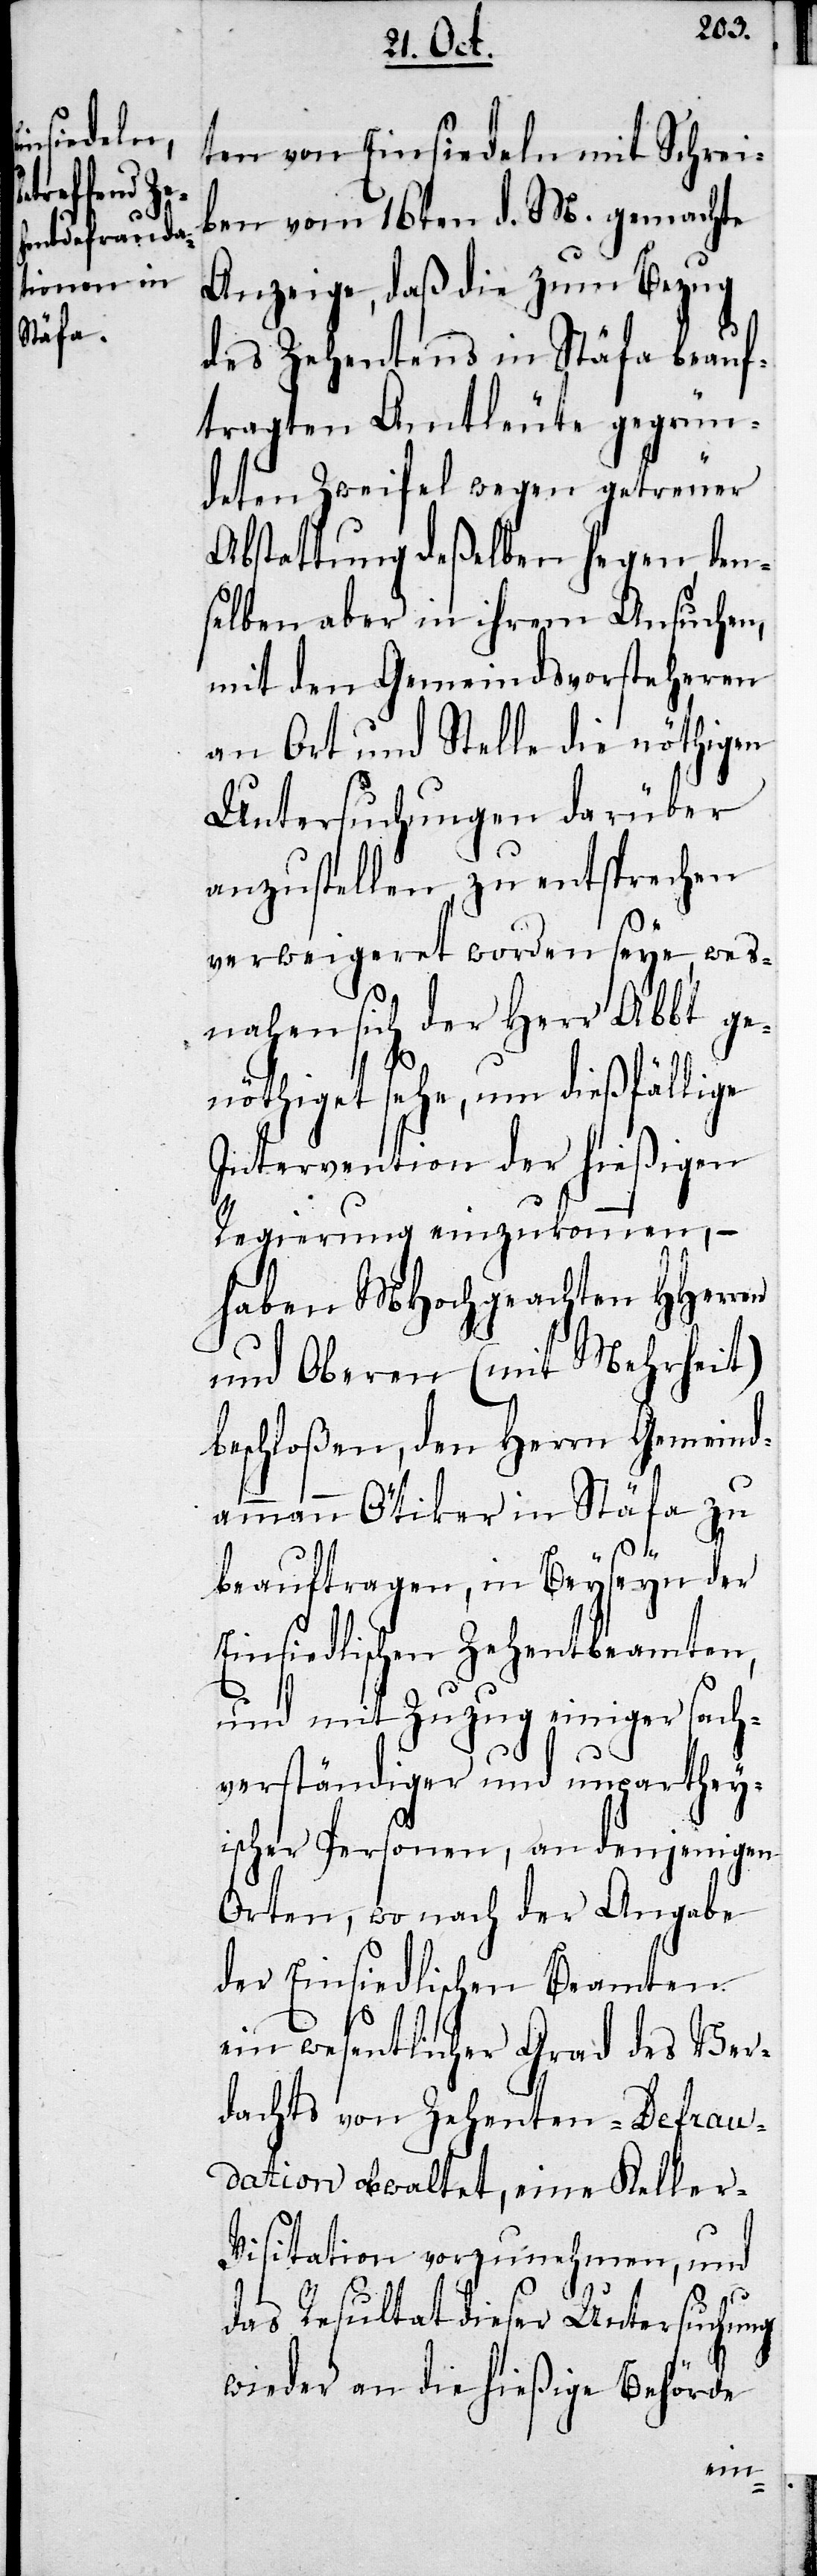
ten von Einsiedeln mit Schrei¬
ben vom 16. d. M. gemachte
Anzeige, daß die zum Bezug
des Zehentens in Stäfa beauf¬
tragten Amtleute gegrün¬
deten Zweifel wegen getreuer
Abstattung deßelben hegen, den¬
selben aber in ihrem Ansuchen,
mit den Gemeindsvorsteheren
an Ort und Stelle die nöthigen
Untersuchungen darüber
anzustellen, zu entsprechen
verweigeret worden seye, wes¬
nahen sich der Herr Abbt ge¬
nöthiget sehe, um dießfällige
Intervention der hießigen
Regierung einzukommen, –
haben MHochgeachten HHerren
und Oberen (mit Mehrheit)
beschloßen, den Herrn Gemeind¬
ammann Ötiker in Stäfa zu
beauftragen, in Beyseyn der
Einsiedlischen Zehentbeamten,
und mit Zuzug einiger sach¬
verständiger und unparthey¬
ischer Personen, an denjenigen
Orten, wo nach der Angabe
der Einsiedlischen Beamten
ein wesentlicher Grad des Ver¬
dachts von Zehenten-Defrau¬
dation obwaltet, eine Keller-V¬
isitation vorzunehmen, und
das Resultat dieser Untersuchung
wieder an die hießige Behörde